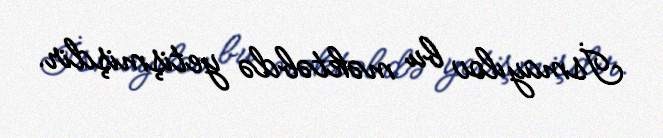
İsmayılov bu məktəbdə yetişmişdir.